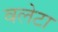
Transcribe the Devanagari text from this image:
वलेटा